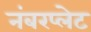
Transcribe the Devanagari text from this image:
नंबरप्लेट